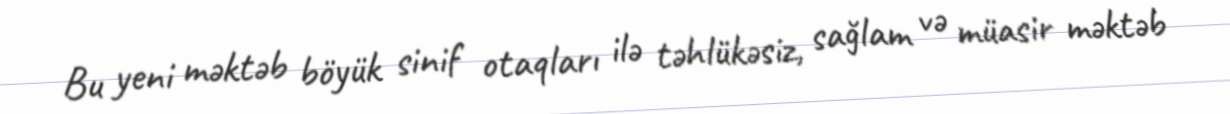
Bu yeni məktəb böyük sinif otaqları ilə təhlükəsiz, sağlam və müasir məktəb